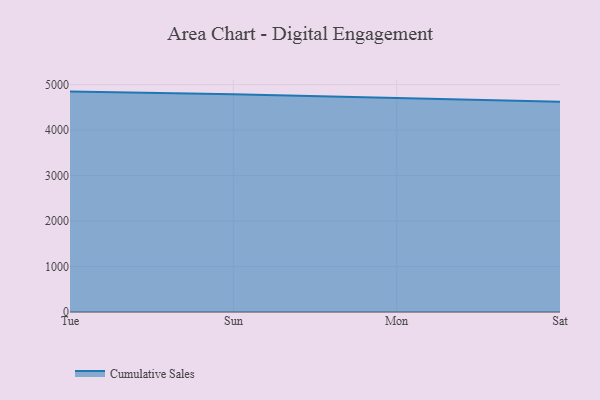
{"axis": {"x": "Day", "y": "Revenue (USD Million)"}, "legend": ["Cumulative Sales"], "data": [{"x": "Tue", "y": 4845.9, "type": "Cumulative Sales"}, {"x": "Sun", "y": 4789.7, "type": "Cumulative Sales"}, {"x": "Mon", "y": 4703.4, "type": "Cumulative Sales"}, {"x": "Sat", "y": 4622.8, "type": "Cumulative Sales"}]}